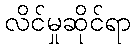
လိင်မှုဆိုင်ရာ